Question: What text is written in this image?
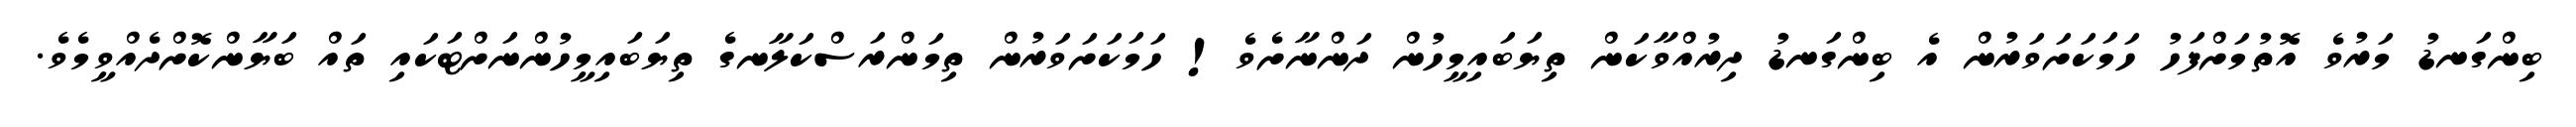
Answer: ބިންގަނޑު މަރުވެ އޮތުމަށްފަހު ހަމަކަށަވަރުން އެ ބިންގަނޑު ދިރުއްވާކަން ތިޔަބައިމީހުން ދަންނާށެވެ! ހަމަކަށަވަރުން ތިމަންރަސްކަލާނގެ ތިޔަބައިމީހުންނަށްޓަކައި ތައް ބަޔާންކޮށްދެއްވީމެވެ.